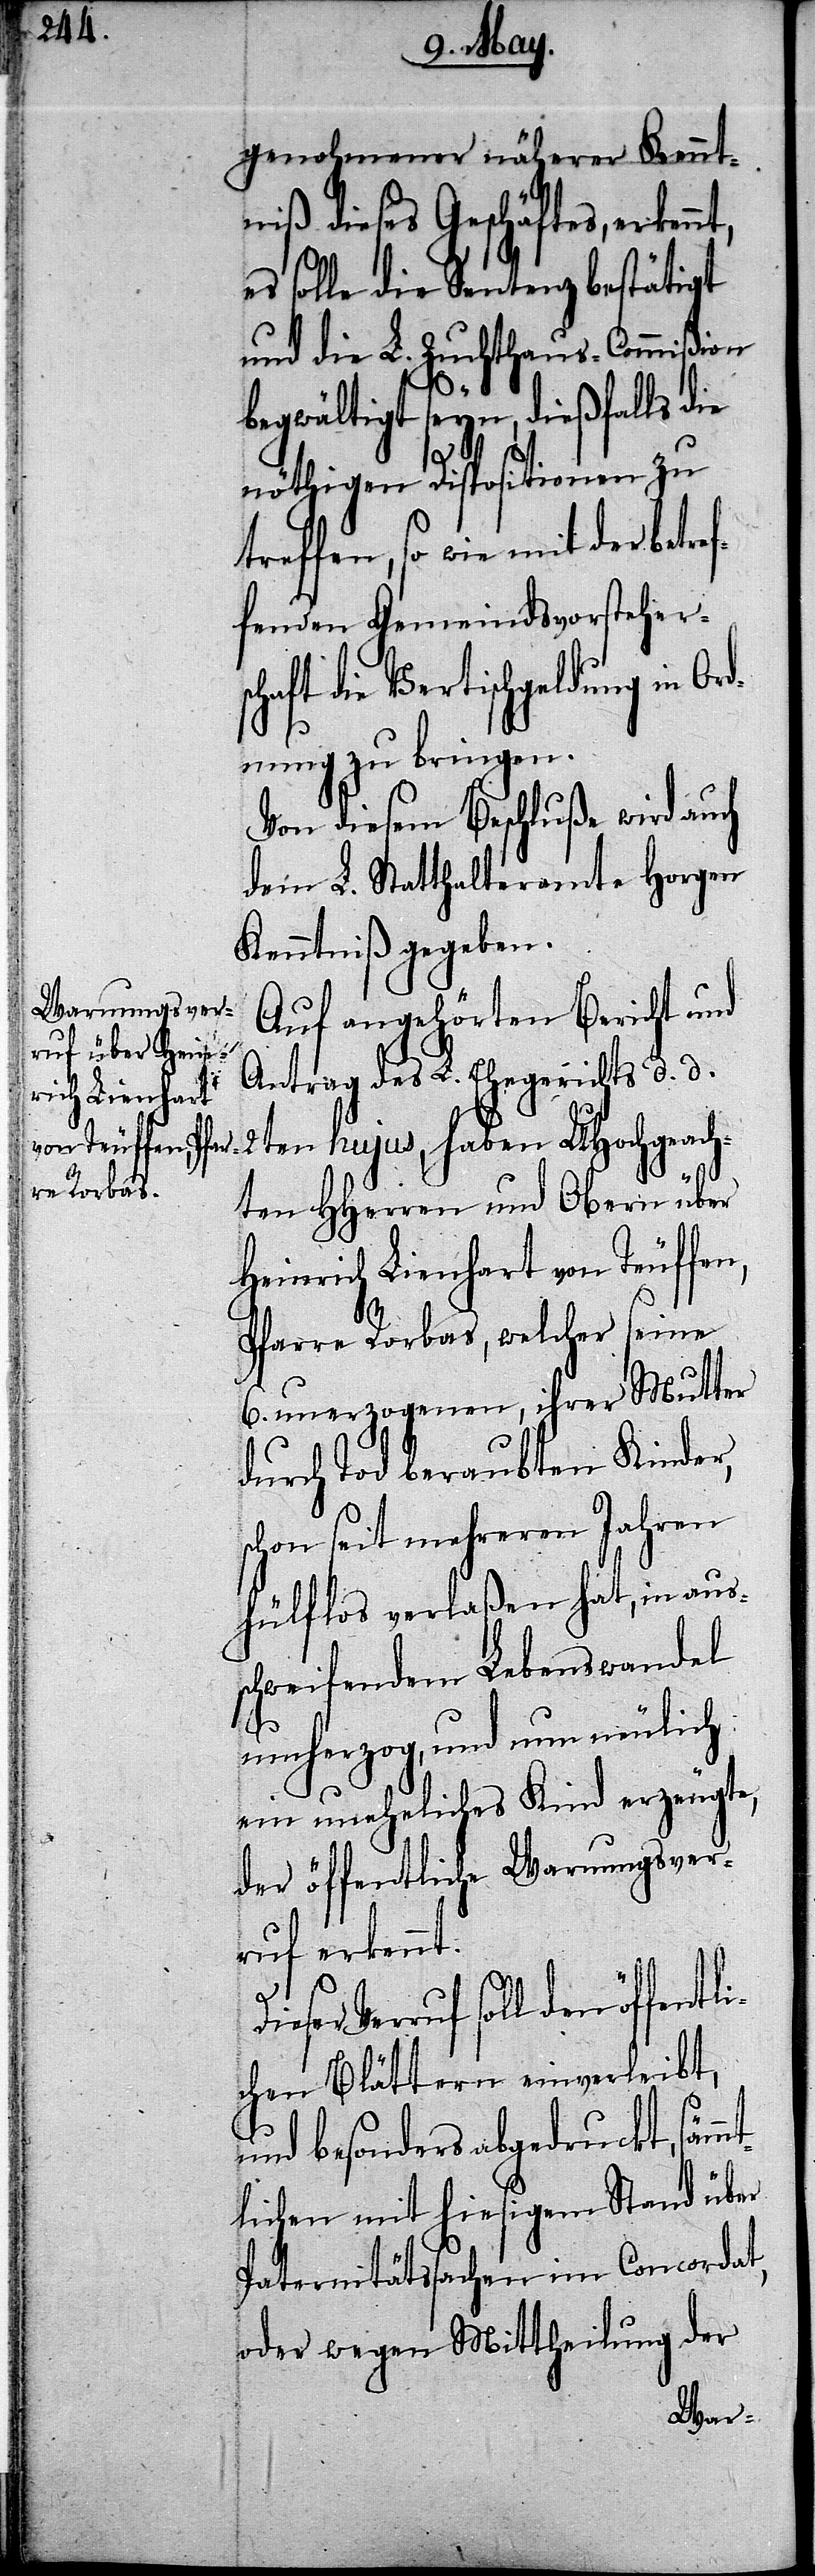
genohmener näherer Kennt¬
niß dieses Geschäftes, erkennt,
es solle die Sentenz bestätigt
und die L. Zuchthaus-Commißion
begwältigt seyn, dießfalls die
nöthigen Dispositionen zu
treffen, so wie mit der betre¬
fenden Gemeindsvorstehers¬
chaft die Vertischgeldung in Ord¬
nung zu bringen.
Von diesem Beschluße wird auch
dem L. Statthalteramte Horgen
Kenntniß gegeben.
Auf angehörten Bericht und
Antrag des L. Ehegerichts d. d.
2ten hujus, haben UHochgeach¬
ten HHerren und Obern über
Heinrich Lienhart von Teuffen,
Pfarre Rorbas, welcher seine
6. unerzogenen, ihrer Mutter
durch Tod beraubten Kinder,
schon seit mehreren Jahren
hülflos verlaßen hat, in aus¬
schweifendem Lebenswandel
umherzog, und nun neulich
ein uneheliches Kind erzeugte,
der öffentliche Warnungsver¬
ruf erkennt.
f¬
Verruf soll den öffentli¬
chen Blättern einverleibt,
und besonders abgedruckt, sämm¬
tlichen mit hiesigem Stand über
Paternitätssachen im Concordat,
oder wegen Mittheilung der